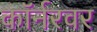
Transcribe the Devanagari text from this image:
काॅर्नरवर